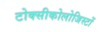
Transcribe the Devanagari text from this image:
टोक्सीकोलोजिस्टों